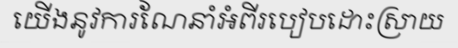
យើងនូវការណែនាំអំពីរបៀបដោះស្រាយ